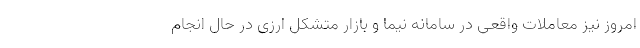
امروز نیز معاملات واقعی در سامانه نیما و بازار متشکل ارزی در حال انجام